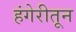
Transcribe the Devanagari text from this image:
हंगेरीतून